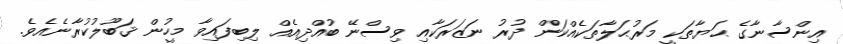
އިންސާނާގެ ޙަޔާތަކީ މަރުޙަލާތަކެއްކަން ދުރު ނަޒަރަކާއި ވިސްނޭ ބުއްދިއެއް ލިބިފައިވާ މީހުން ޤަބޫލުކުރާނެއެވެ.